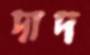
দাদ